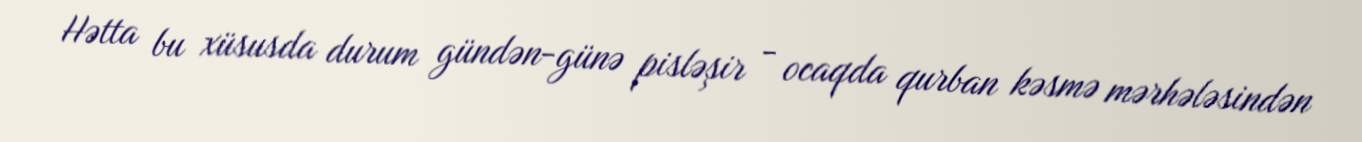
Hətta bu xüsusda durum gündən-günə pisləşir - ocaqda qurban kəsmə mərhələsindən